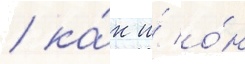
/ ка́к и́ о́н